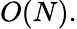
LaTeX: O(N).